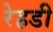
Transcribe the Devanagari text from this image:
रेहडी